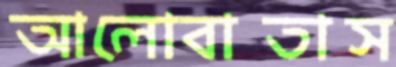
আলোবাতাস